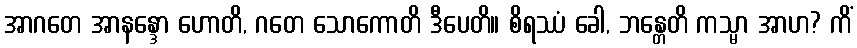
အာဂတေ အာနန္ဒော ဟောတိ, ဂတေ သောကောတိ ဒီပေတိ။ စိရဿံ ခေါ, ဘန္တေတိ ကသ္မာ အာဟ? ကိံ